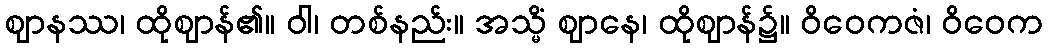
ဈာနဿ၊ ထိုဈာန်၏။ ဝါ၊ တစ်နည်း။ အသ္မိံ ဈာနေ၊ ထိုဈာန်၌။ ဝိဝေကဇံ၊ ဝိဝေက